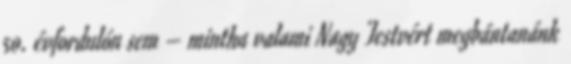
50. évfordulón sem – mintha valami Nagy Testvért megbántanánk